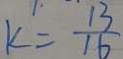
k = \frac { 1 3 } { 1 6 }